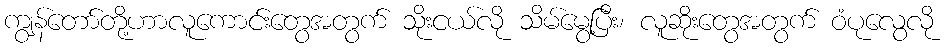
ကျွန်တော်တို့ဟာလူကောင်းတွေအတွက် သိုးငယ်လို သိမ်မွေ့ပြီး၊ လူဆိုးတွေအတွက် ဝံပုလွေလို